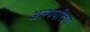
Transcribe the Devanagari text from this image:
अल्पपरिचय